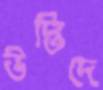
উদ্ভিদে